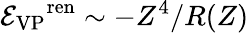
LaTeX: \mathcal{E_{\mathrm{VP}}}^{\mathrm{ren}}\sim-Z^{4}/R(Z)